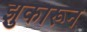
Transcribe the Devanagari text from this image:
झुकारून